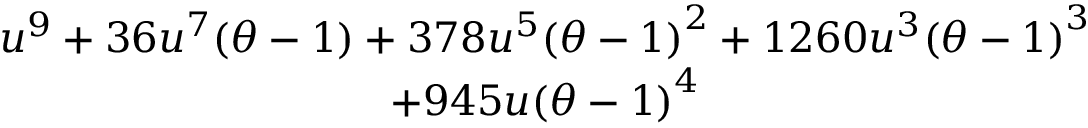
\begin{array} { c } { u ^ { 9 } + 3 6 u ^ { 7 } ( \theta - 1 ) + 3 7 8 u ^ { 5 } { ( \theta - 1 ) } ^ { 2 } + 1 2 6 0 u ^ { 3 } { ( \theta - 1 ) } ^ { 3 } } \\ { + 9 4 5 u { ( \theta - 1 ) } ^ { 4 } } \end{array}